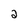
Character: 2